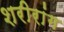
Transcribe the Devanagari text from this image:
शरीरांग